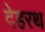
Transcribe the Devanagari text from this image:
देहरथ